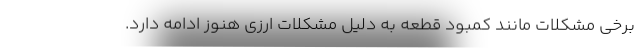
برخی مشکلات مانند کمبود قطعه به دلیل مشکلات ارزی هنوز ادامه دارد.